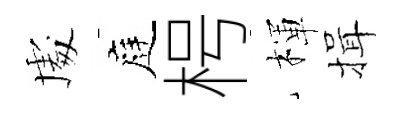
䖏庭枵楎揖